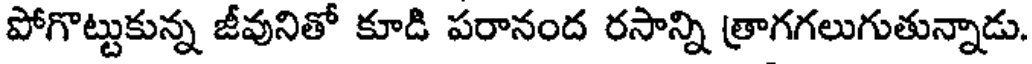
పోగొట్టుకున్న జీవునితో కూడి పరానంద రసాన్ని త్రాగగలుగుతున్నాడు.